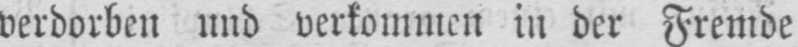
verdorben und verkommen in der Fremde